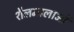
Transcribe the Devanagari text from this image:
शैलमालाओं